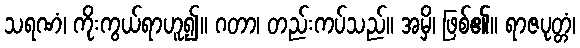
သရဏံ၊ ကိုးကွယ်ရာဟူ၍။ ဂတာ၊ တည်းကပ်သည်။ အမှိ၊ ဖြစ်၏။ ရာဇပုတ္တံ၊